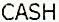
CASH